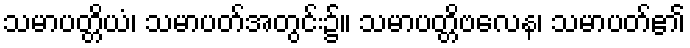
သမာပတ္တိယံ၊ သမာပတ်အတွင်း၌။ သမာပတ္တိဗလေန၊ သမာပတ်၏